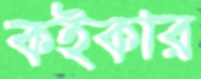
কইকার